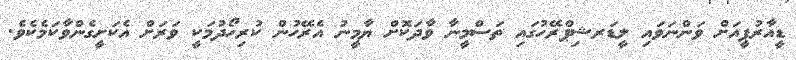
ޑީއާރުޕީއަށް ވަންނަވައި ލީޑަރޝިޕްރޭހުގައި ތަސްމީނާ ވާދަކޮށް ޔާމީނު އެރޭހުން ކުރިހޯދުމަކީ ވަރަށް އެކަށީގެންވާކަމެކެވެ.